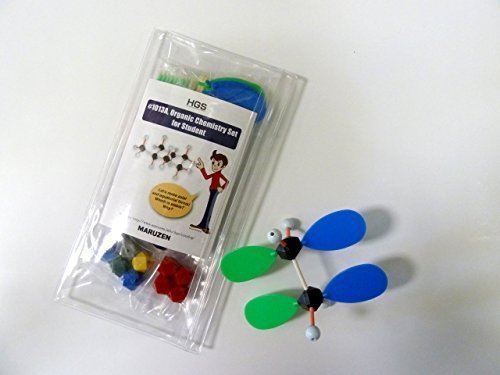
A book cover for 1013A /Organic Chemistry Set for Student (HGS Polyhedron Molecular Model); HGS Maruzen; Science & Math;